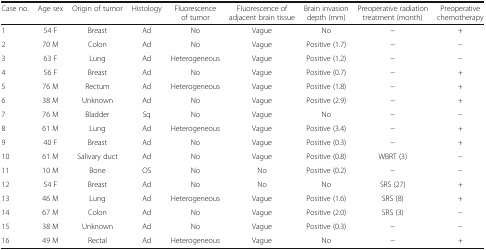
<table><thead><tr><td><b>Case no.</b></td><td><b>Age sex</b></td><td><b>Origin of tumor</b></td><td><b>Histology</b></td><td><b>Fluorescence of tumor</b></td><td><b>Fluorescence of adjacent brain tissue</b></td><td><b>Brain invasion depth (mm)</b></td><td><b>Preoperative radiation treatment (month)</b></td><td><b>Preoperative chemotherapy</b></td></tr></thead><tbody><tr><td>1</td><td>54 F</td><td>Breast</td><td>Ad</td><td>No</td><td>Vague</td><td>No</td><td>−</td><td>+</td></tr><tr><td>2</td><td>70 M</td><td>Colon</td><td>Ad</td><td>No</td><td>Vague</td><td>Positive (1.7)</td><td>−</td><td>−</td></tr><tr><td>3</td><td>63 F</td><td>Lung</td><td>Ad</td><td>Heterogeneous</td><td>Vague</td><td>Positive (1.2)</td><td>−</td><td>−</td></tr><tr><td>4</td><td>56 F</td><td>Breast</td><td>Ad</td><td>No</td><td>Vague</td><td>Positive (0.7)</td><td>−</td><td>+</td></tr><tr><td>5</td><td>76 M</td><td>Rectum</td><td>Ad</td><td>Heterogeneous</td><td>Vague</td><td>Positive (1.8)</td><td>−</td><td>+</td></tr><tr><td>6</td><td>38 M</td><td>Unknown</td><td>Ad</td><td>No</td><td>Vague</td><td>Positive (2.9)</td><td>−</td><td>+</td></tr><tr><td>7</td><td>76 M</td><td>Bladder</td><td>Sq</td><td>No</td><td>Vague</td><td>No</td><td>−</td><td>−</td></tr><tr><td>8</td><td>61 M</td><td>Lung</td><td>Ad</td><td>Heterogeneous</td><td>Vague</td><td>Positive (3.4)</td><td>−</td><td>+</td></tr><tr><td>9</td><td>40 F</td><td>Breast</td><td>Ad</td><td>No</td><td>Vague</td><td>Positive (0.3)</td><td>−</td><td>+</td></tr><tr><td>10</td><td>61 M</td><td>Salivary duct</td><td>Ad</td><td>No</td><td>Vague</td><td>Positive (0.8)</td><td>WBRT (3)</td><td>−</td></tr><tr><td>11</td><td>10 M</td><td>Bone</td><td>OS</td><td>No</td><td>No</td><td>Positive (0.2)</td><td>−</td><td>−</td></tr><tr><td>12</td><td>54 F</td><td>Breast</td><td>Ad</td><td>No</td><td>No</td><td>No</td><td>SRS (27)</td><td>+</td></tr><tr><td>13</td><td>46 M</td><td>Lung</td><td>Ad</td><td>Heterogeneous</td><td>Vague</td><td>Positive (1.6)</td><td>SRS (8)</td><td>+</td></tr><tr><td>14</td><td>67 M</td><td>Colon</td><td>Ad</td><td>No</td><td>Vague</td><td>Positive (2.0)</td><td>SRS (3)</td><td>−</td></tr><tr><td>15</td><td>38 M</td><td>Unknown</td><td>Ad</td><td>No</td><td>Vague</td><td>Positive (0.3)</td><td>−</td><td>−</td></tr><tr><td>16</td><td>49 M</td><td>Rectal</td><td>Ad</td><td>Heterogeneous</td><td>Vague</td><td>No</td><td>−</td><td>+</td></tr></tbody></table>